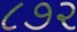
૮૭૨